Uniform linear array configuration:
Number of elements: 24
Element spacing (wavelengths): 0.25
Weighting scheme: hamming
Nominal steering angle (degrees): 30
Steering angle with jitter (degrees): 31.41
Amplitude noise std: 0.05
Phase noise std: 0.05

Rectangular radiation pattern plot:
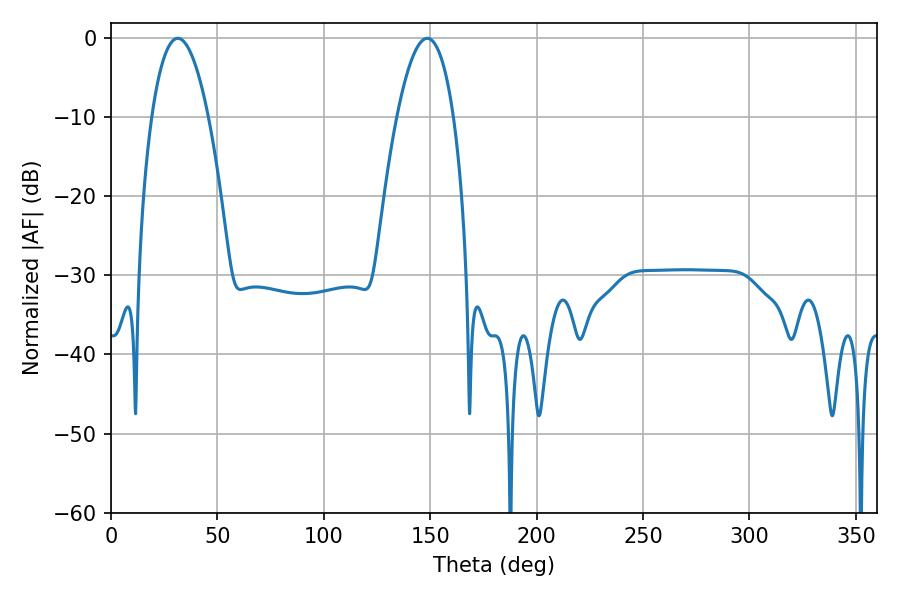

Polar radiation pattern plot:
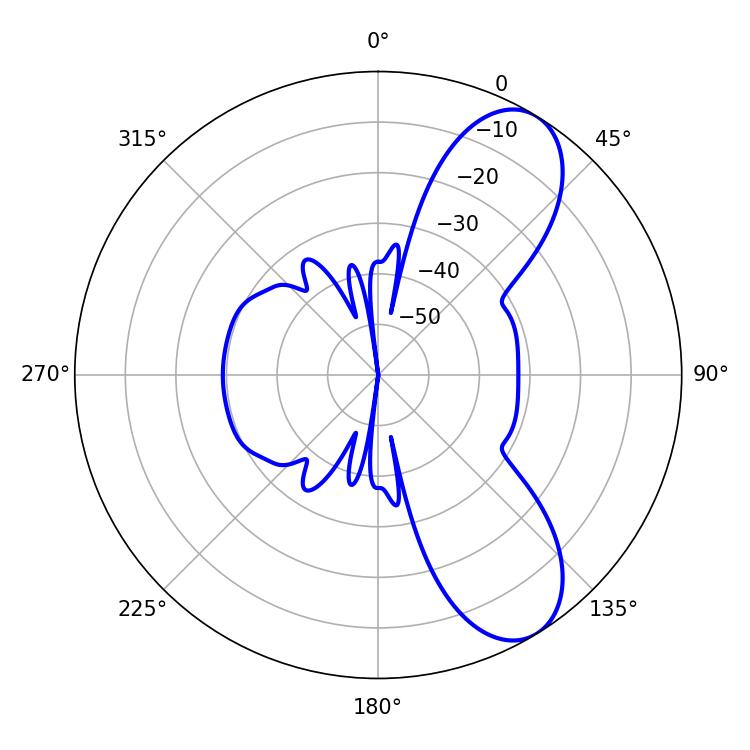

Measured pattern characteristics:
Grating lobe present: FALSE
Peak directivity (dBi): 8.405
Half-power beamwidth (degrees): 14.76
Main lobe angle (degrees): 31.32